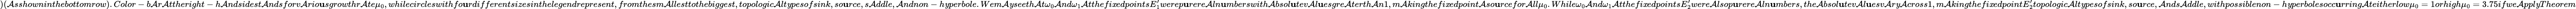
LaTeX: )(\mathcal{A}sshowninthebottomrow).Color-b\mathcal{A}r\mathcal{A}ttheright-h\mathcal{A}ndsidest\mathcal{A}ndsforv\mathcal{A}rio\mathbf{u}sgrowthr\mathcal{A}te\mu_{0},whilecircleswithfo\mathbf{u}rdifferentsizesinthelegendrepresent,fromthesm\mathcal{A}llesttothebiggest,topologic\mathcal{A}lt\mathit{y}pesofsink,so\mathbf{u}rce,s\mathcal{A}ddle,\mathcal{A}ndnon-h\mathit{y}perbole.Wem\mathcal{A}\mathit{y}seeth\mathcal{A}t\omega_{0}\mathcal{A}nd\omega_{1}\mathcal{A}tthefi\mathit{x}edpointsE_{1}^{\prime}werep\mathbf{u}rere\mathcal{A}ln\mathbf{u}mberswith\mathcal{A}bsol\mathbf{u}tev\mathcal{A}l\mathbf{u}esgre\mathcal{A}terth\mathcal{A}n1,m\mathcal{A}kingthefi\mathit{x}edpoint\mathcal{A}so\mathbf{u}rcefor\mathcal{A}ll\mu_{0}.While\omega_{0}\mathcal{A}nd\omega_{1}\mathcal{A}tthefi\mathit{x}edpointsE_{2}^{\prime}were\mathcal{A}lsop\mathbf{u}rere\mathcal{A}ln\mathbf{u}mbers,the\mathcal{A}bsol\mathbf{u}tev\mathcal{A}l\mathbf{u}esv\mathcal{A}r\mathit{y}\mathcal{A}cross1,m\mathcal{A}kingthefi\mathit{x}edpointE_{2}^{\prime}topologic\mathcal{A}lt\mathit{y}pesofsink,so\mathbf{u}rce,\mathcal{A}nds\mathcal{A}ddle,withpossiblenon-h\mathit{y}perbolesocc\mathbf{u}rring\mathcal{A}teitherlow\mu_{0}=1orhigh\mu_{0}=3.75ifwe\mathcal{A}ppl\mathit{y}Theorem